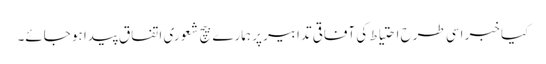
کیا خبر اسی طرح احتیاط کی آفاقی تدابیر پر ہمارے بیچ شعوری اتفاق پیدا ہو جائے۔